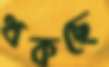
থকছে